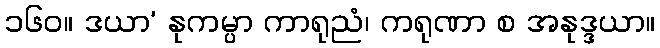
၁၆၀။ ဒယာ’ နုကမ္ပာ ကာရုညံ၊ ကရုဏာ စ အနုဒ္ဒယာ။